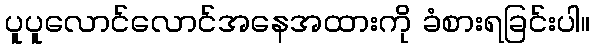
ပူပူလောင်လောင်အနေအထားကို ခံစားရခြင်းပါ။